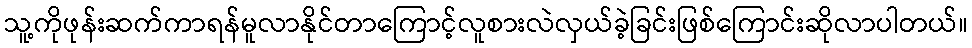
သူ့ကိုဖုန်းဆက်ကာရန်မူလာနိုင်တာကြောင့်လူစားလဲလှယ်ခဲ့ခြင်းဖြစ်ကြောင်းဆိုလာပါတယ်။